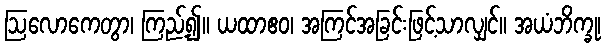
ဩလောကေတွာ၊ ကြည့်၍။ ယထာဧဝ၊ အကြင်အခြင်းဖြင့်သာလျှင်။ အယံဘိက္ခု၊